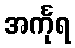
အင်္ကုရ